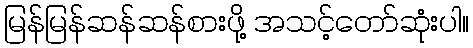
မြန်မြန်ဆန်ဆန်စားဖို့ အသင့်တော်ဆုံးပါ။